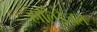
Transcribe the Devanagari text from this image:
हालिडैज़ल